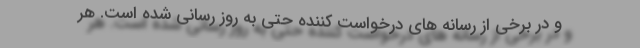
و در برخی از رسانه های درخواست کننده حتی به روز رسانی شده است. هر